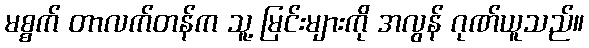
မစ္စက် တာလက်တန်က သူ့ မြင်းများကို အလွန် ဂုဏ်ယူသည်။